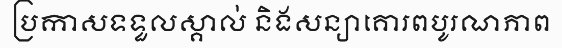
ប្រកាសទទួលស្គាល់ និងសន្យាគោរពបូរណភាព